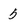
Character: 5